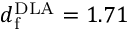
d _ { \mathrm { f } } ^ { \mathrm { D L A } } = 1 . 7 1